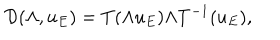
\mathcal { D } ( \Lambda , u _ { E } ) = T ( \Lambda u _ { E } ) \Lambda T ^ { - 1 } ( u _ { E } ) ,